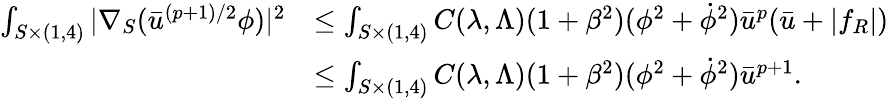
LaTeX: \begin{array}{rl}{\int_{S\times(1,4)}|\nabla_{S}(\bar{u}^{(p+1)/2}\phi)|^{2}}&{\leq\int_{S\times(1,4)}C(\lambda,\Lambda)(1+\beta^{2})(\phi^{2}+\dot{\phi}^{2})\bar{u}^{p}(\bar{u}+|f_{R}|)}\\ &{\leq\int_{S\times(1,4)}C(\lambda,\Lambda)(1+\beta^{2})(\phi^{2}+\dot{\phi}^{2})\bar{u}^{p+1}.}\end{array}